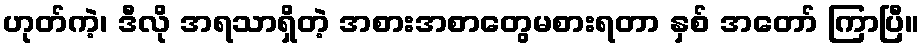
ဟုတ်ကဲ့၊ ဒီလို အရသာရှိတဲ့ အစားအစာတွေမစားရတာ နှစ် အတော် ကြာပြီ။